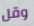
وقل